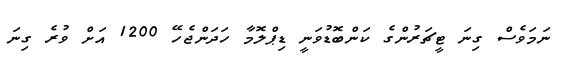
ނަމަވެސް ގިނަ ޓީޗަރުންގެ ކަންބޮޑުވަނީ ޑިޕްލޮމާ ހަދަންޖެހޭ 1200 އަށް ވުރެ ގިނަ